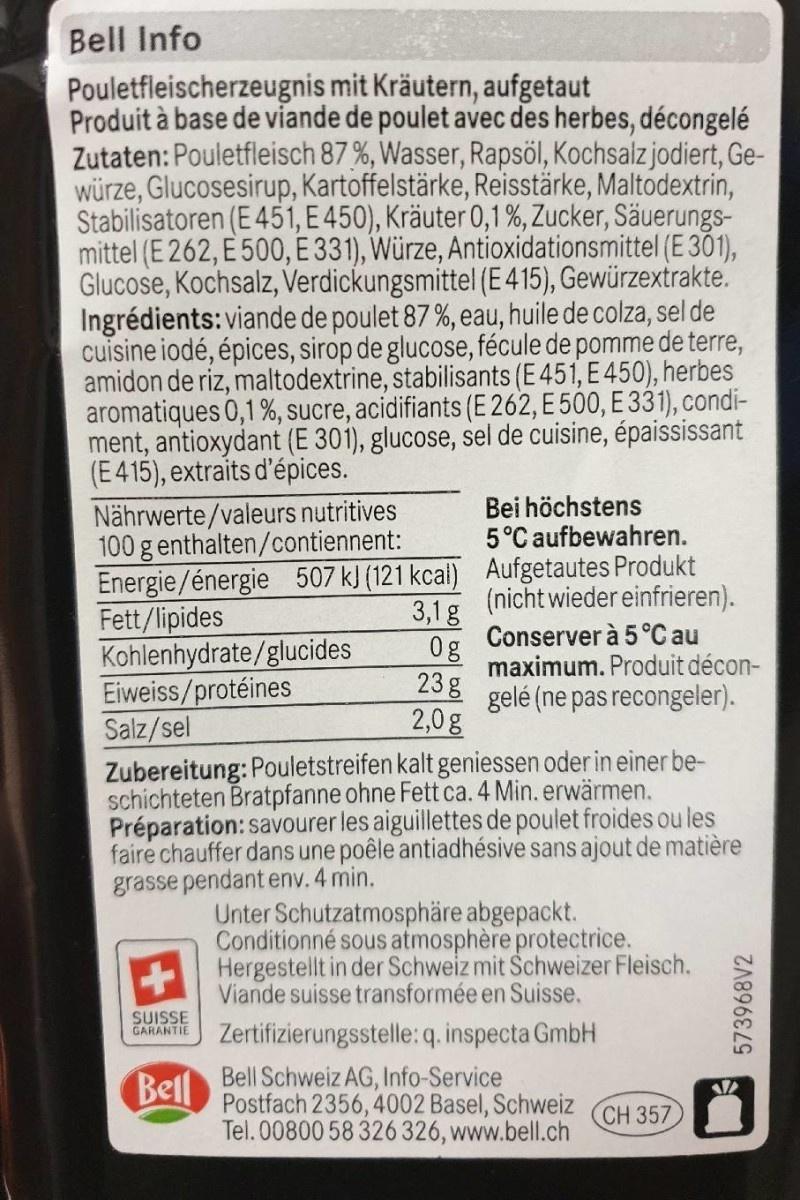
Bell Info
Pouletfleischerzeugnis mit Kräutern, aufgetaut Produit à base de viande de poulet avec des herbes, décongelé Zutaten: Pouletfleisch 87%, Wasser, Rapsöl, Kochsalz jodiert, Ge- würze, Glucosesirup, Kartoffelstärke, Reisstärke, Maltodextrin, Stabilisatoren (E 451, E 450), Kräuter 0,1%, Zucker, Säuerungs- mittel (E 262, E 500, E 331), Würze, Antioxidationsmittel (E 301), Glucose, Kochsalz, Verdickungsmittel (E 415), Gewürzextrakte. Ingrédients: viande de poulet 87 %, eau, huile de colza, sel de cuisine iodé, épices, sirop de glucose, fécule de pomme de terre, amidon de riz, maltodextrine, stabilisants (E 451, E 450), herbes aromatiques 0,1 %, sucre, acidifiants (E 262, E 500, E 331), condi- ment, antioxydant (E 301), glucose, sel de cuisine, épaississant (E415), extraits d'épices.
Bei höchstens 5°C aufbewahren.
Nährwerte/valeurs nutritives 100 g enthalten/contiennent: Energie/énergie 507 kJ (121 kcal) Aufgetautes Produkt Fett/lipides Kohlenhydrate/glucides Eiweiss/protéines Salz/sel
(nicht wieder einfrieren). 3,1g Conserver à 5°C au 0g maximum. Produit décon- 23 g gelé (ne pas recongeler). 2,0g
Zubereitung: Pouletstreifen kalt geniessen oder in einer be- schichteten Bratpfanne ohne Fett ca. 4 Min. erwärmen. Préparation: savourer les aiguillettes de poulet froides ou les faire chauffer dans une poêle antiadhésive sans ajout de matière grasse pendant env. 4 min.
Unter Schutzatmosphäre abgepackt. Conditionné sous atmosphère protectrice. Hergestellt in der Schweiz mit Schweizer Fleisch. Viande suisse transformée en Suisse.
SUISSE GARANTIE
Zertifizierungsstelle:q. inspecta GmbH
Bell
Bell Schweiz AG, Info-Service Postfach 2356, 4002 Basel, Schweiz Tel. 00800 58 326 326, www.bell.ch
CH 357
573968V2